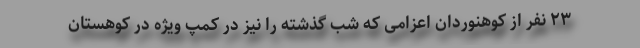
۲۳ نفر از کوهنوردان اعزامی که شب گذشته را نیز در کمپ ویژه‌ در کوهستان